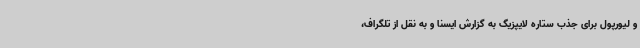
و لیورپول برای جذب ستاره لایپزیگ به گزارش ایسنا و به نقل از تلگراف،